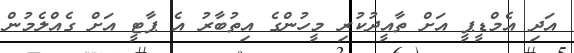
އަދި އެމްޑީޕީ އަށް ތާއީދުކުރި މީހުންގެ އިތުބާރު އެ ޕާޓީ އަށް ގެއްލެމުން